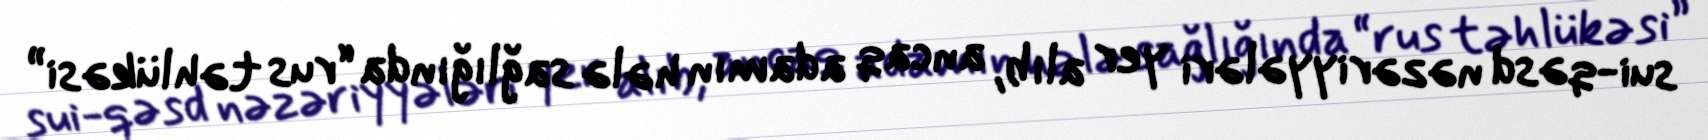
sui-qəsd nəzəriyyələri yer alıb, ancaq adamın hələ sağlığında “rus təhlükəsi”